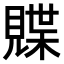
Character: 𫌣